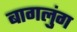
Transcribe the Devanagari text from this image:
बागलुंग